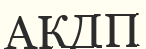
АКДП